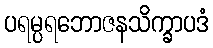
ပရမ္ပရဘောဇနသိက္ခာပဒံ